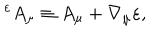
{ } ^ { \varepsilon } A _ { \mu } \equiv A _ { \mu } + \nabla _ { \mu } \varepsilon ,